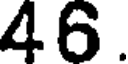
46.